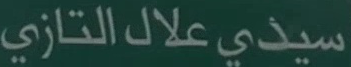
سيذي علال التازي